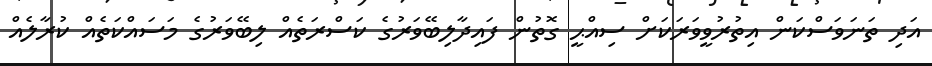
އަދި ތަނަވަސްކަން އިތުރުވީވަރަކަށް ސިއްޙީ ގޮތުން ފައިދާލިބޭވަރުގެ ކަސްރަތެއް ލިބޭވަރުގެ މަސައްކަތެއް ކުރާލެއް